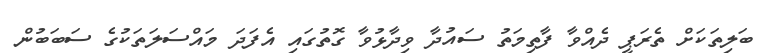
ބަލިތަކަށް ތެރަޕީ ދެއްވާ ފާތިމަތު ސައުދާ ވިދާޅުވާ ގޮތުގައި އެފަދަ މައްސަލަތަކުގެ ސަބަބުން